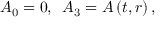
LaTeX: A _ { 0 } = 0 , \, \, \, A _ { 3 } = A \left( t , r \right) ,